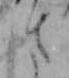
さ